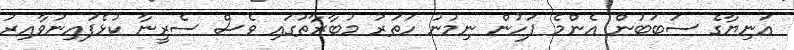
އަނިޔާގެ ސަބަބުން އެންމެ ފަހުން ނިމުނު ހަތަރު މުބާރާތުގައި ވެސް ސެރީނާ ކުޅެފައިނުވާއިރު